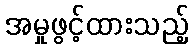
အမှုဖွင့်ထားသည့်